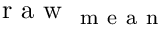
\mathrm { ~ r ~ a ~ w ~ } _ { \mathrm { ~ m ~ e ~ a ~ n ~ } }